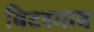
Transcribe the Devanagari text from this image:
बिटरगाव